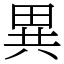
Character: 異